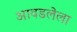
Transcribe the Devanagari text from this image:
आवडलेला